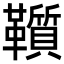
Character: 𩍵